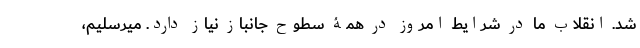
شد. انقلاب ما در شرایط امروز در همۀ سطوح جانباز نیاز دارد. میرسلیم،